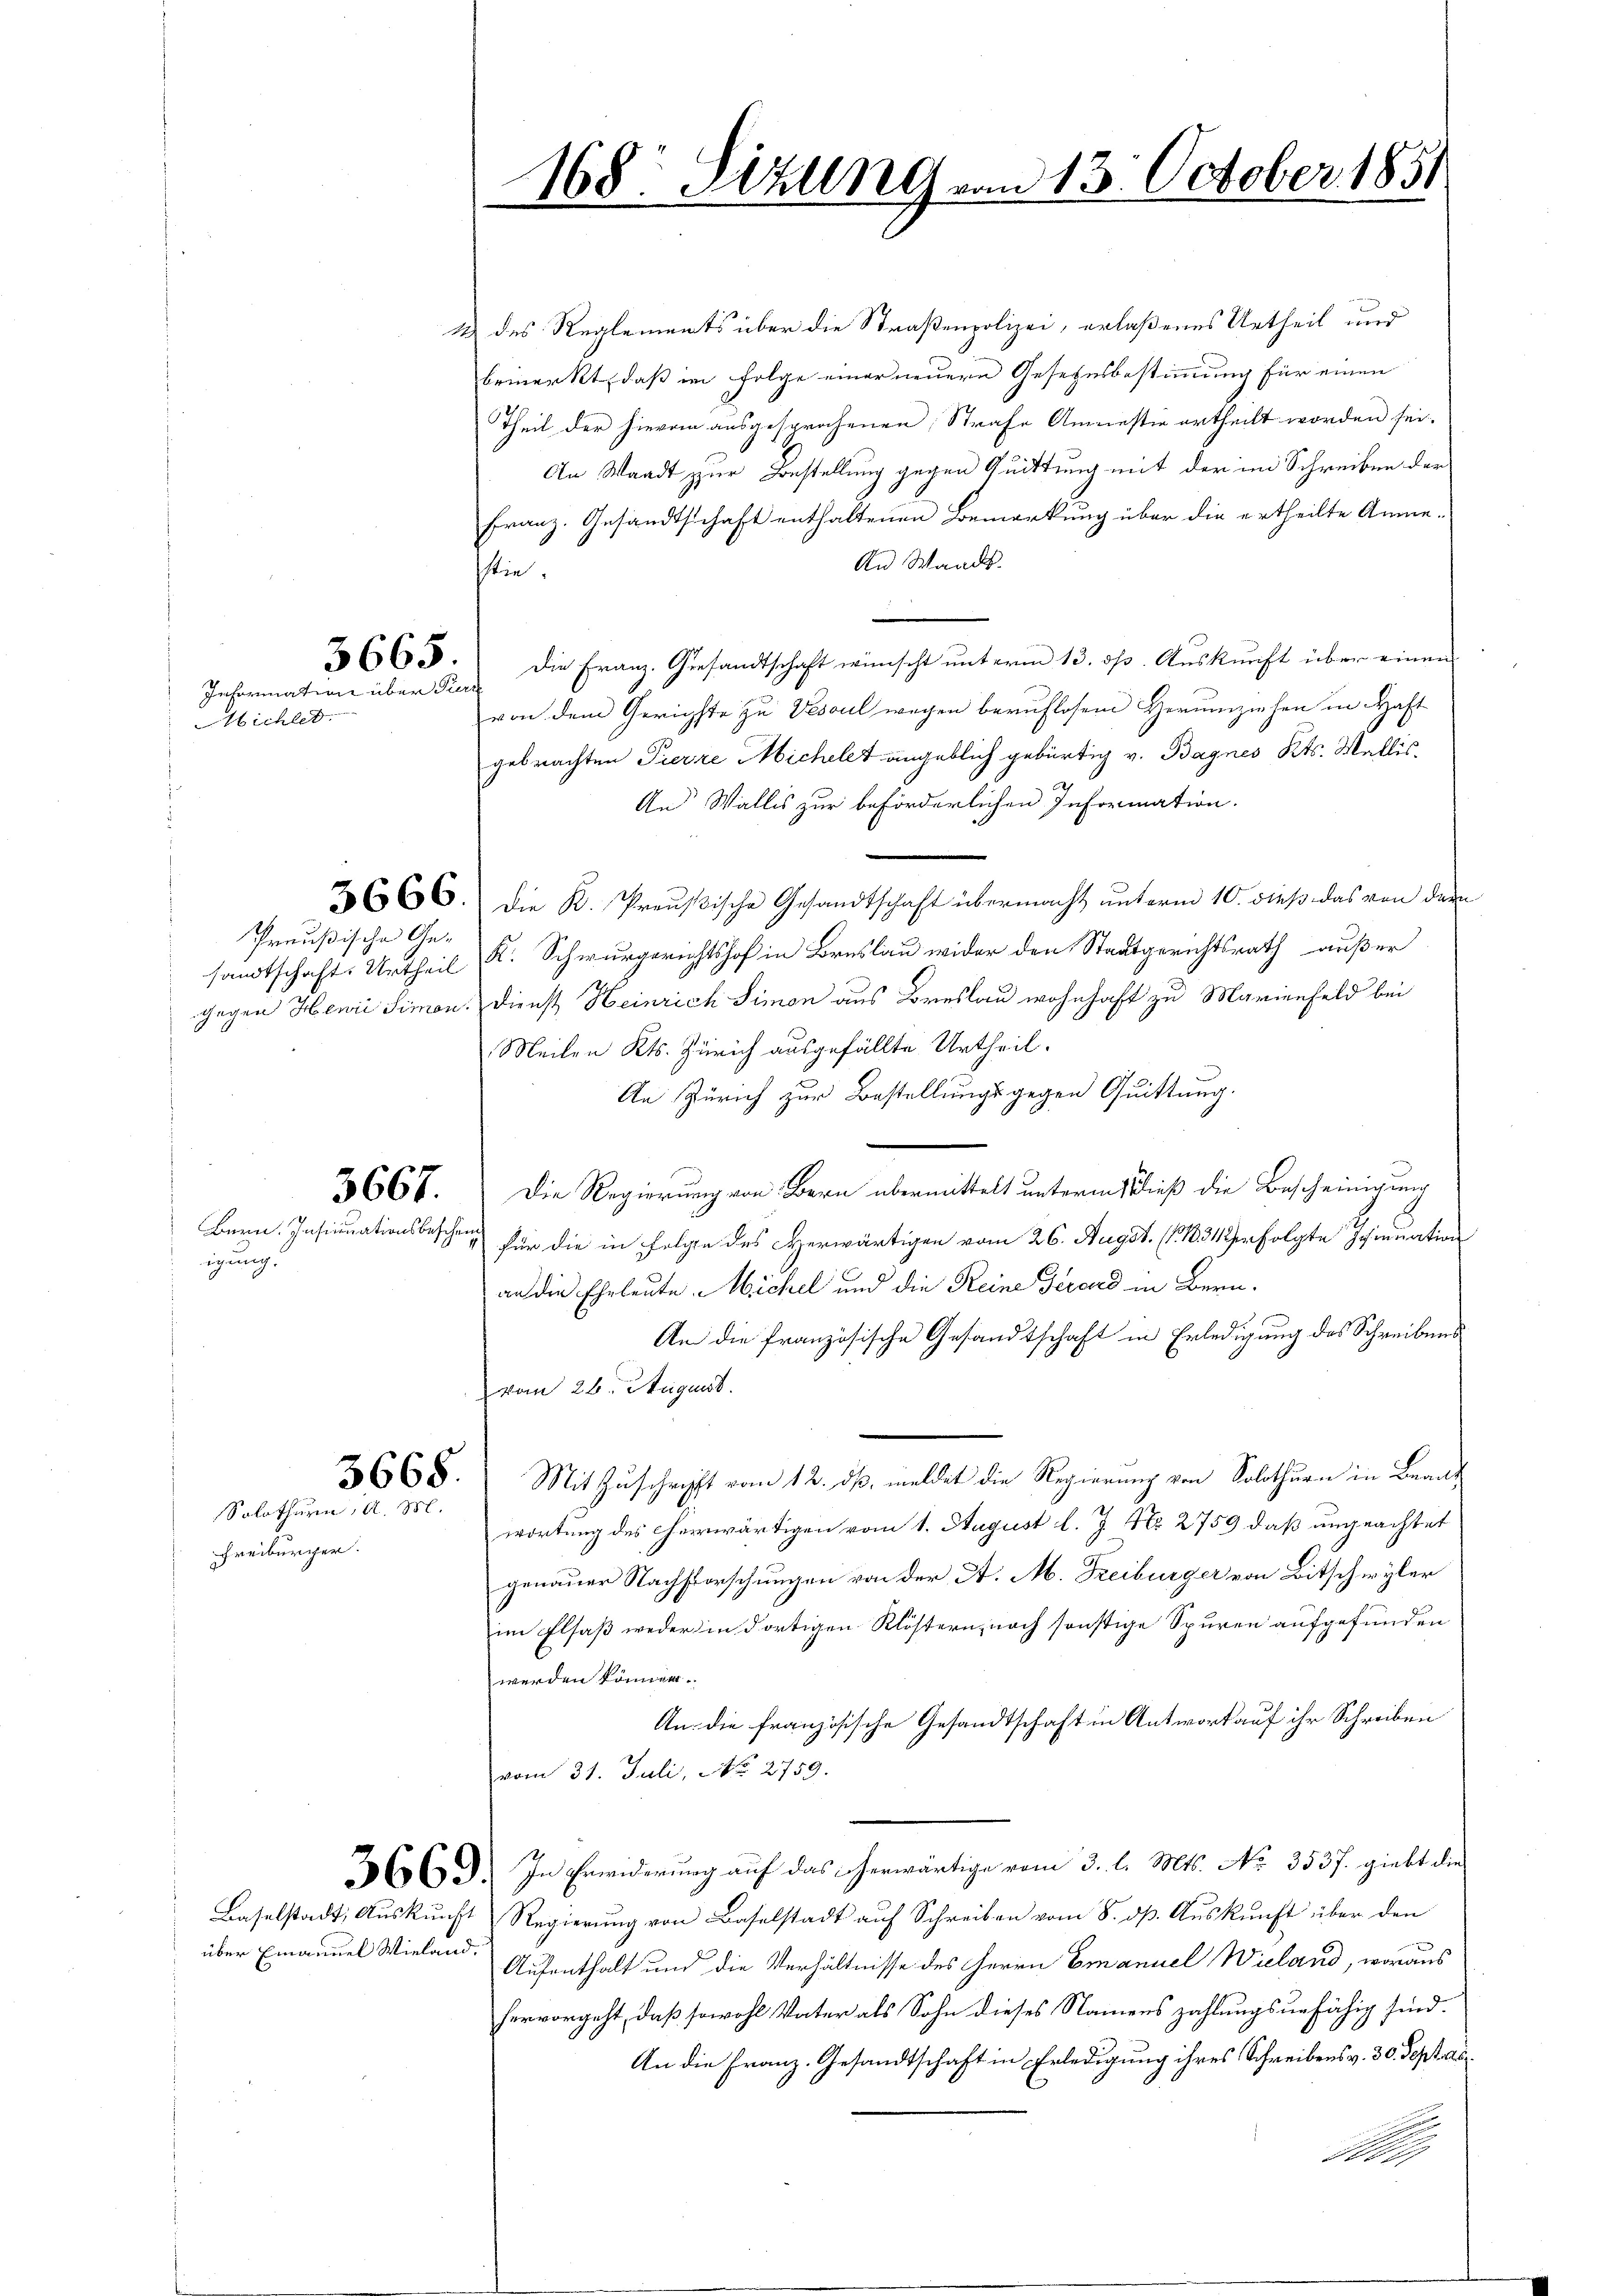
igung.

Freiburger.

Information über Pierr
Wichtet.

Preußische Ge-
sandtschaft. Urtheil

3667.

3668.
Solothurn, d. M.

2) des Reglements über die Straßenpolizei, erlaßenes Urtheil und
bemerkt, daß im Folge einer neueren Gesetzesbestimmung für einen
Theil der hievon ausgesprochenen Strafe Amnestie ertheilt worden sei.
An Waadt zur Bestellung gegen Quittung mit der im Schreiben der
Franz. Gesandtschaft enthaltenen Bemerkung über die ertheilte Anme-
An Waadt.
tie.
3665. Die Franz. Gesandtschaft wünscht unterm 13. ds. Auskunft über einen
von dem Gerichste zu Vesoul wegen beruflosen Herumziehen in Haft
gebrachten Pierrre Michelet angeblich gebürtig v. Bagnes Kts. Wallis,
An Wallis zur beförderlichen Information.
3666. Die K. Preŭβische Gesandtschaft übermacht ŭnterm 10. dieß das von dem
K. Schwurgerichtshof in Bruslau wider den Stadtgerichtsrath außer
gegen Henii Simon. Dienst Heinrich Simon aus Breslau wohnhaft zu Marienfeld bei
Meilen Kts. Zürich ausgefällte Urtheil.
An Zürich zur Bestellungsgegen Quittung.
Die Regierung von Bern übermittelt unterm 1 dieß die Bescheinigung
Bern. Insinuationsbesche für die in Folge des Herwärtigen vom 26. Augst. (131 erfolgte Insinuation
an die Eheleute Michel und die Reine Perced in Bern.
An die französische Gesandtschaft in Erledigung des Schreibens
vom 26. August.
Mit Zuschrift vom 12. dß, meldet die Regierung von Solothurn in Brand
wortung des herwärtigen vom 1. August l. J. No. 2759 daß ungeachtet
genauer Nachforschungen von der A. M. Freiburger von Bitschwyler
im Elsaß weder in dortigen Klöstern, noch sonstige Spuren aufgefunden
werden können.
An die französische Gesandtschaft in Antwort auf ihr Schreiben
vom 31. Juli, No. 2759.
3663. In Erwiderung auf das erwärtige vom 3. l. Mts. No. 3537. giebt die
Baselstadt, Auskunft Regierung von Baselstadt auf Schreiben vom 8. dß. Auskunft über den
über Emanuel Wieland. Aufenthalt und die Verhältnisse des Herrn Emanuel Wieland, woraus
hervorgeht, daß sowohl Vater als Sohn dieses Namens zahlungsunfähig sind.
An die Franz.-Gesandtschaft in Erledigung ihres Schreibens v. 30. Sept. ab

168: Sizung vom 13. October 1851.